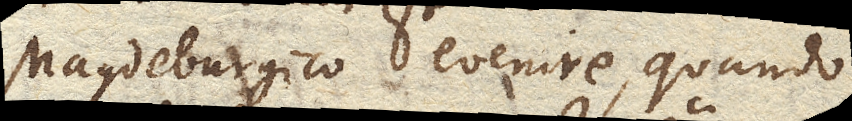
Magdeburgico evenire, quando